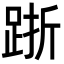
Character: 䟷